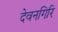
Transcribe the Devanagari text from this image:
देवनगिरि